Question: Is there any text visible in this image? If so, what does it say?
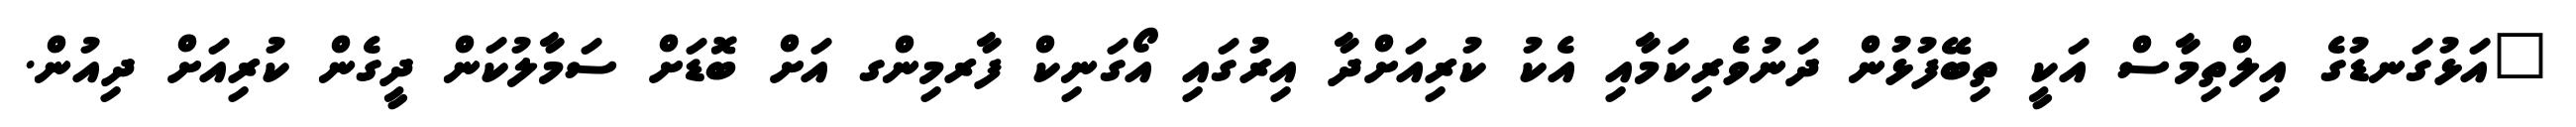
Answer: "އަޅުގަނޑުގެ އިލްތިމާސް އަކީ ތިބޭފުޅުން ދަނުވެރިކަމާއި އެކު ކުރިއަށްދާ އިރުގައި އޯގަނިކް ފާރމިންގ އަށް ބޮޑަށް ސަމާލުކަން ދީގެން ކުރިއަށް ދިއުން.